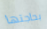
بحاجتها